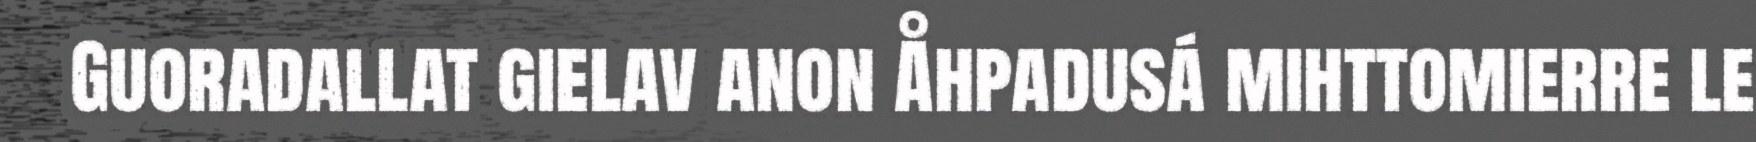
Guoradallat gielav anon Åhpadusá mihttomierre le